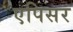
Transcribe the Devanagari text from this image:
एपिसर